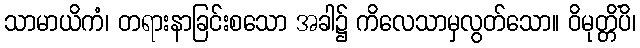
သာမာယိကံ၊ တရားနာခြင်းစသော အခါ၌ ကိလေသာမှလွတ်သော။ ဝိမုတ္တိံပိ၊